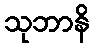
သုဘာနိ